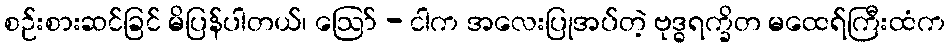
စဉ်းစားဆင်ခြင် မိပြန်ပါတယ်၊ ဪ - ငါက အလေးပြုအပ်တဲ့ ဗုဒ္ဓရက္ခိတ မထေရ်ကြီးထံက